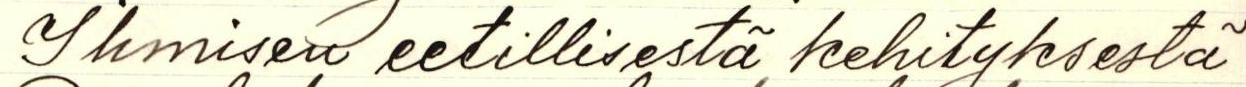
Ihmisen eetillisestä kehityksestä